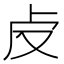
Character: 𠧘